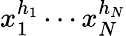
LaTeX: x_{1}^{h_{1}}\cdots x_{N}^{h_{N}}